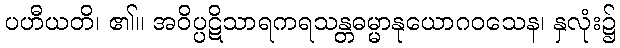
ပဟီယတိ၊ ၏။ အဝိပ္ပဋိသာရကရသန္တဓမ္မာနုယောဂဝသေန၊ နှလုံး၌